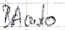
Text: BAauto